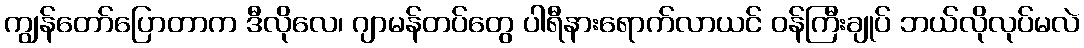
ကျွန်တော်ပြောတာက ဒီလိုလေ၊ ဂျာမန်တပ်တွေ ပါရီနားရောက်လာယင် ဝန်ကြီးချုပ် ဘယ်လိုလုပ်မလဲ